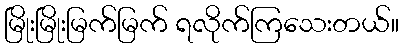
မြိုးမြိုးမြက်မြက် ရလိုက်ကြသေးတယ်။